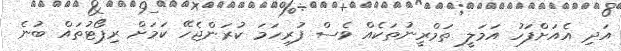
އަދި އެއަށްފަހު އަމަލީ ތަމްރީނުތަކެއް ވެސް ފުރިހަމަ ކުރަންޖެހޭ ކަމަށް ރިޕޯޓުތައް ބުނެ